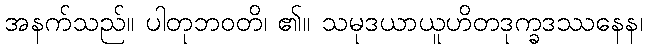
အနက်သည်။ ပါတုဘဝတိ၊ ၏။ သမုဒယာယူဟိတဒုက္ခဒဿနေန၊